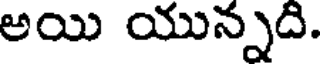
అయి యున్నది.